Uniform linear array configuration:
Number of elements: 48
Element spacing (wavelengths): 1
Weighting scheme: binomial
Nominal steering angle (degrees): -30
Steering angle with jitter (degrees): -31.093
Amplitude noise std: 0.05
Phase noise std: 0.05

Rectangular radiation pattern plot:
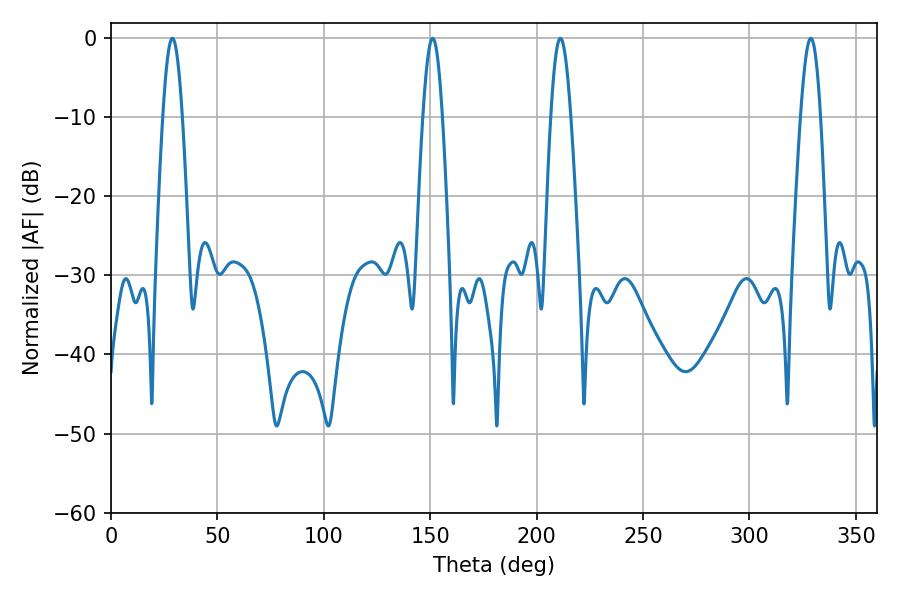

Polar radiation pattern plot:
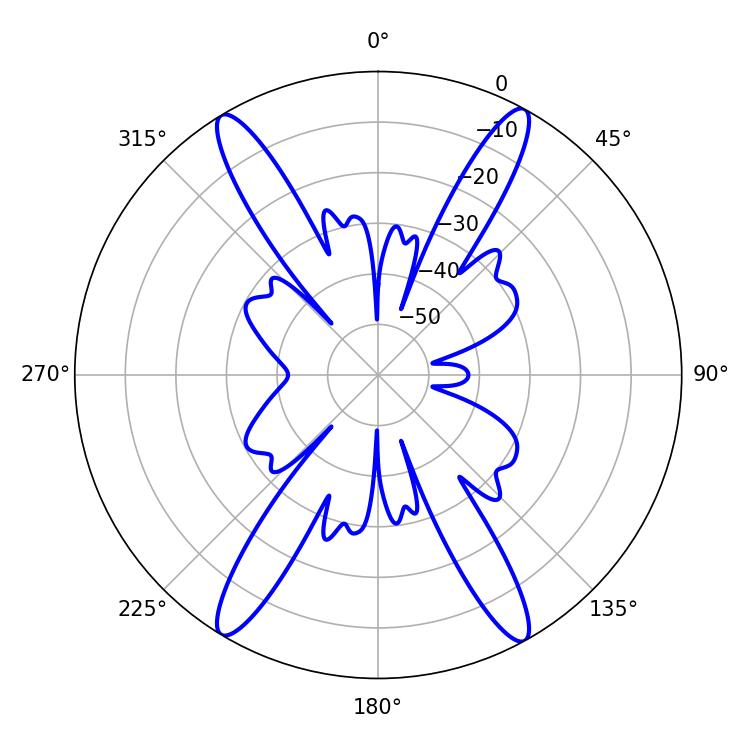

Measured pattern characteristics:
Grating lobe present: TRUE
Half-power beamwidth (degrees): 5.04
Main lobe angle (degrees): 328.86